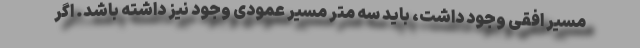
مسیر افقی وجود داشت، باید سه متر مسیر عمودی وجود نیز داشته باشد. اگر